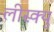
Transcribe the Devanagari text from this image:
लीस्क्यु